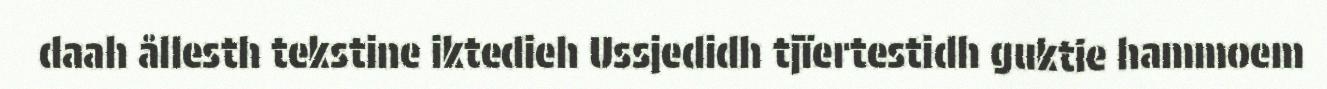
daah ållesth tekstine iktedieh Ussjedidh tjïertestidh guktie hammoem